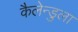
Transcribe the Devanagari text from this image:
कैलेन्डुला